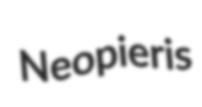
Neopieris